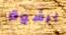
برشوة